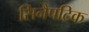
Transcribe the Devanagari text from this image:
सिनैपटिक